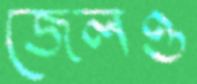
জেলও